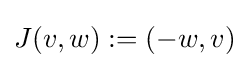
J(v,w):=(-w,v)